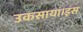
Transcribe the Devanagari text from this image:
उकसाया।इस